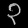
Digit: ၃